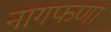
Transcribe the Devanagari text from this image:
नागफणा